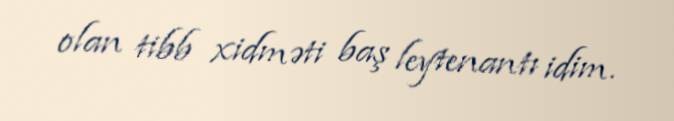
olan tibb xidməti baş leytenantı idim.